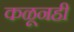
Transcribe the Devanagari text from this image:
कळूनही